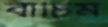
বাঁচিম